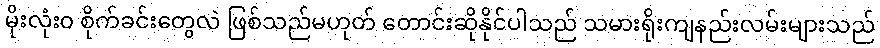
မိုးလုံး၀ စိုက်ခင်းတွေလဲ ဖြစ်သည်မဟုတ် တောင်းဆိုနိုင်ပါသည် သမားရိုးကျနည်းလမ်းများသည်